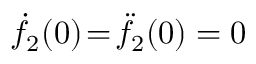
\dot { f } _ { 2 } ( 0 ) \! = \! \ddot { f } _ { 2 } ( 0 ) = 0